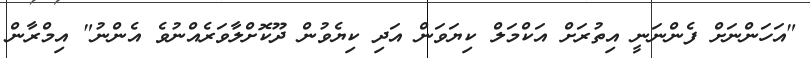
"އަހަންނަށް ފެންނަނީ އިތުރަށް އަކްމަލް ކިޔަވަން އަދި ކިޔެވުން ދޫކޮށްލާވަރެއްނުވެ އެންނު" އިމްރާން